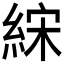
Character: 𰫧